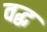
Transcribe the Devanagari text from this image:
वद्ध